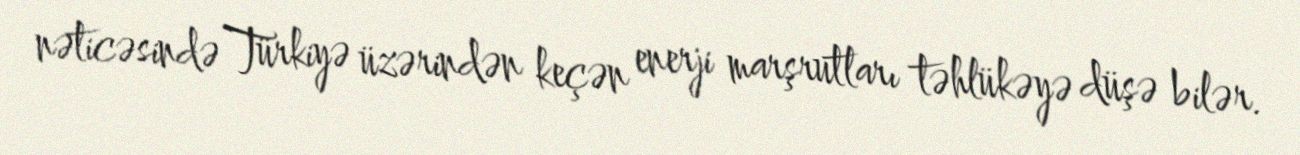
nəticəsində Türkiyə üzərindən keçən enerji marşrutları təhlükəyə düşə bilər.